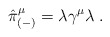
\begin{align*}\hat{\pi}^\mu_{(-)} =\lambda\gamma^\mu\lambda\;.\end{align*}